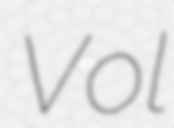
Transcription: Vol